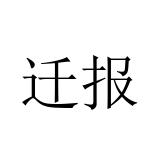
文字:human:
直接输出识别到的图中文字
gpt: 迁报